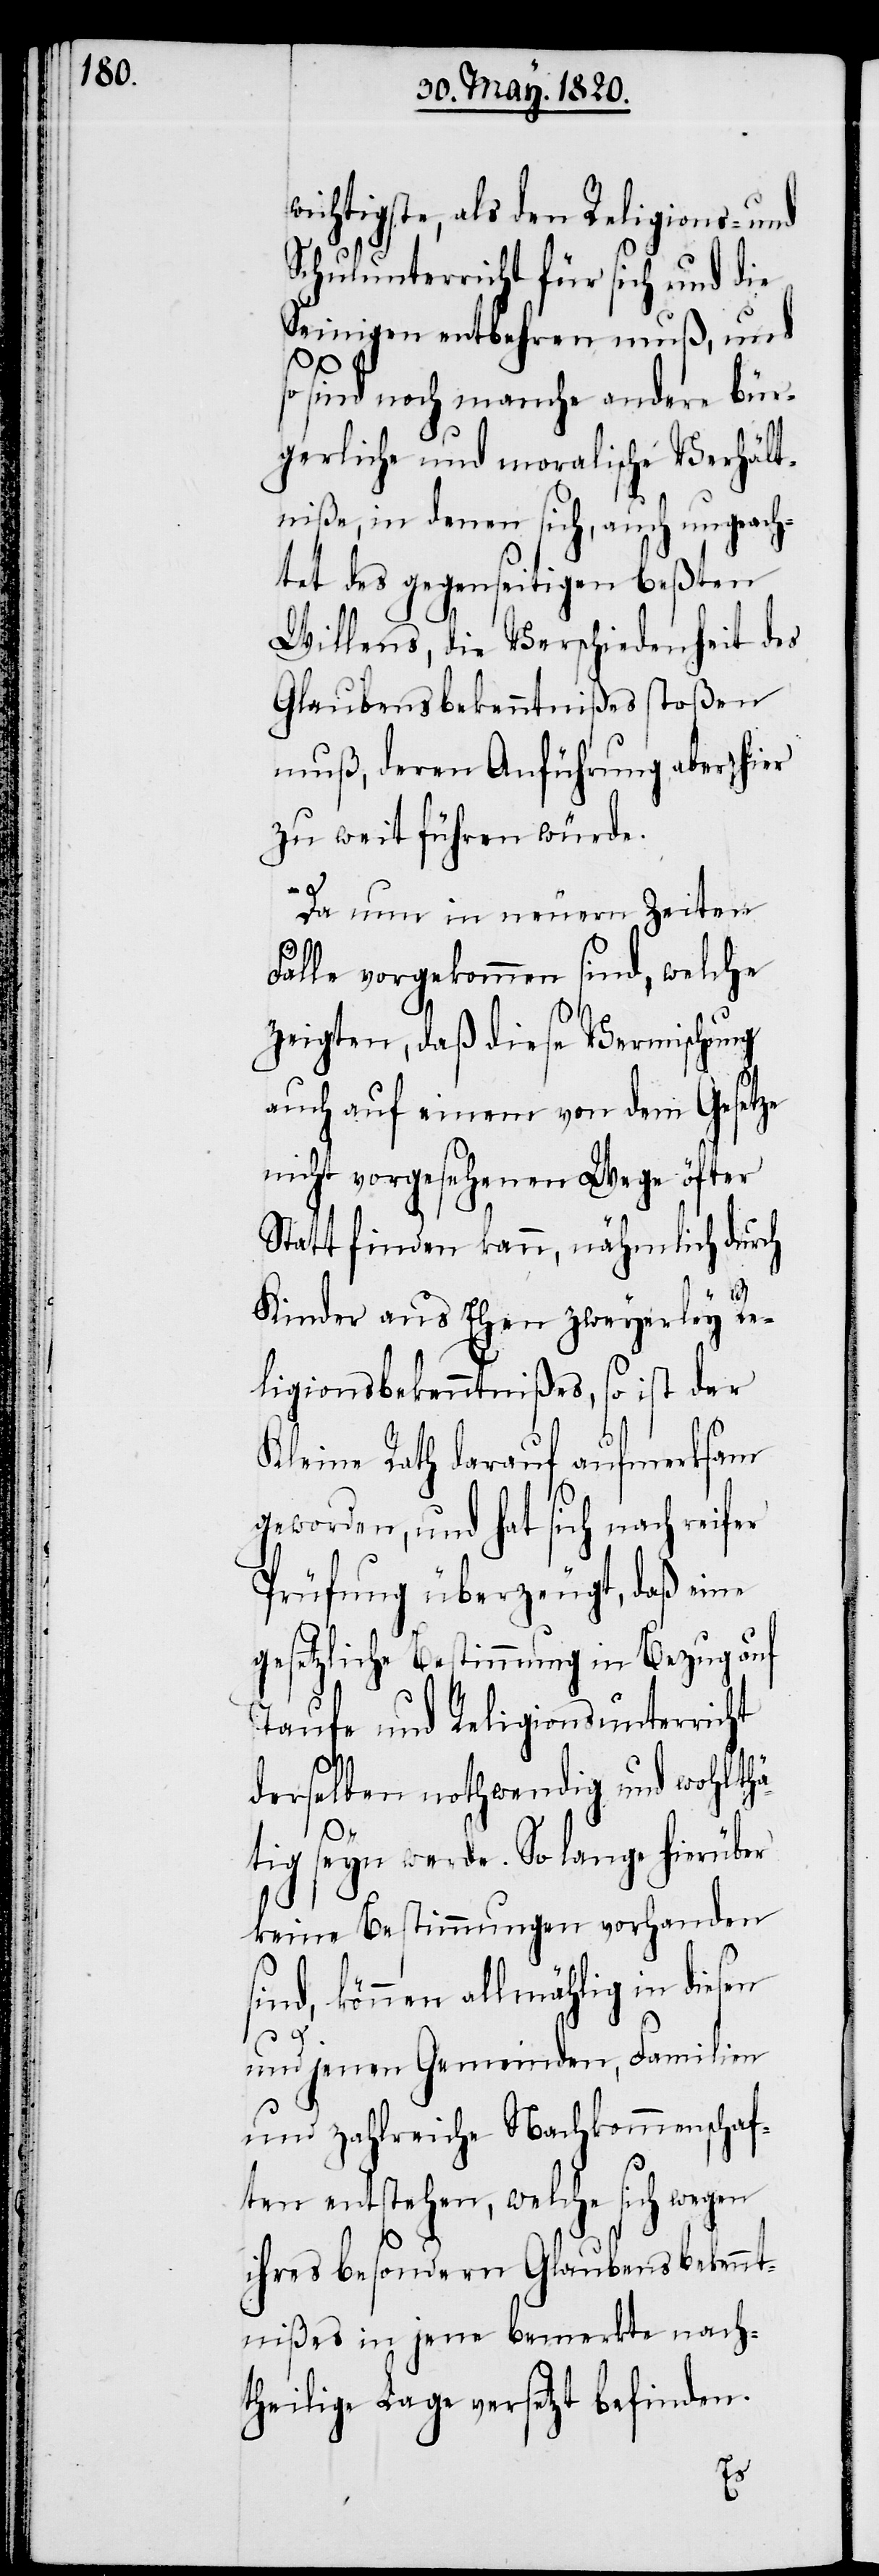
wichtigste, als den Religions- und
Schulunterricht für sich und die
Seinigen entbehren muß, und
so sind noch manche andere bür¬
gerliche und moralische Verhält¬
niße, in denen sich, auch ungeach¬
tet des genseitigen beßten
Willens, die Verschiedenheit des
Glaubensbekenntnißes stoßen
muß, deren Anführung aber hier
zu weit führen würde.
Da nun in neuern Zeiten
Fälle vorgekommen sind, welche
zeigten, daß diese Vermischung
auch auf einem von dem Gesetze
nicht vorgesehenen Wege öfter
Statt finden kann, nähmlich durch
Kinder aus Ehen zweyerley Re¬
ligionsbekenntnißes, so ist der
Kleine Rath darauf aufmerksam
geworden, und hat sich nach reifer
Prüfung überzeugt, daß eine
gesetzliche Bestimmung in Bezug auf
Taufe und Religionsunterricht
derselben nothwendig und wohlthä¬
tig seyn werde. So lange hierüber
keine Bestimmungen vorhanden
sind, können allmächtig in diesen
und jenen Gemeinden, Familien
und zahlreiche Nachkommenschaf¬
ten entstehen, welche sich wegen
ihres besondern Glaubensbekennt¬
nißes in jene bemerkte nach¬
theilige Lage versetzt befinden.